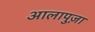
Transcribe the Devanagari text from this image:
आलापुज़ा